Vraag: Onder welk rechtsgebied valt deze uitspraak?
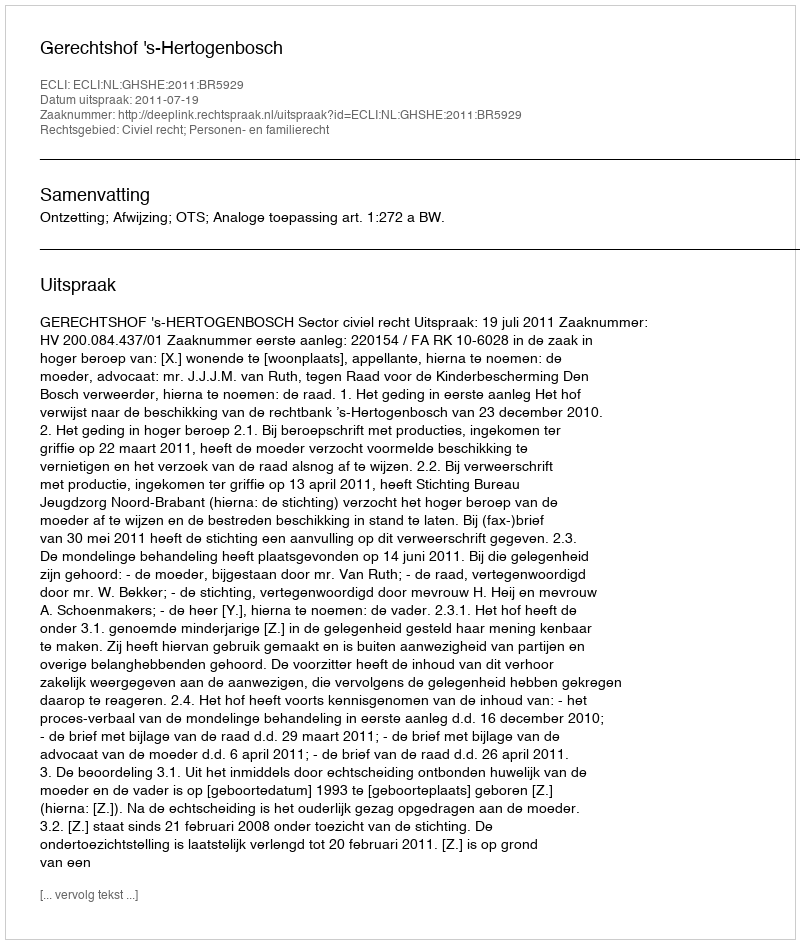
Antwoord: Civiel recht; Personen- en familierecht